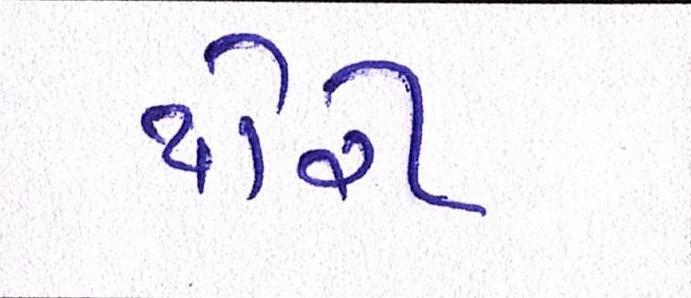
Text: થોરી